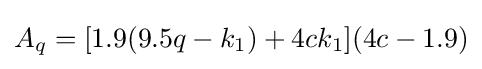
A_{q}=[1.9(9.5q-k_{1})+4ck_{1}](4c-1.9)